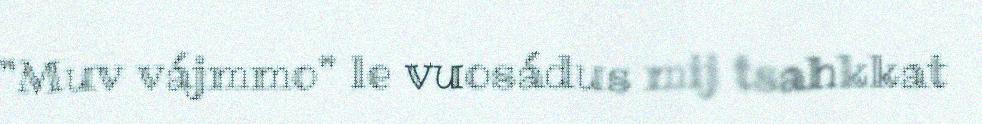
"Muv vájmmo" le vuosádus mij tsahkkat